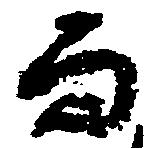
而